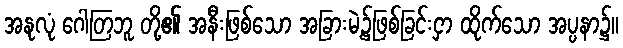
အနုလုံ ဂေါတြဘူ တို့၏ အနီးဖြစ်သော အခြားမဲ့၌ဖြစ်ခြင်းငှာ ထိုက်သော အပ္ပနာ၌။